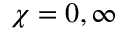
\chi = 0 , \infty